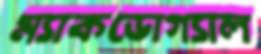
ম্যাকডোগ্যাল